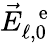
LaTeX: \vec{E}_{\ell,0}^{\mathrm{~\, ~e~}}